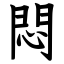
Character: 悶